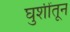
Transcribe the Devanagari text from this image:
घुशींतून